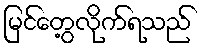
မြင်တွေ့လိုက်ရသည်